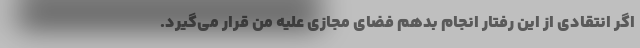
اگر انتقادی از این رفتار انجام بدهم فضای مجازی علیه من قرار می‌گیرد.